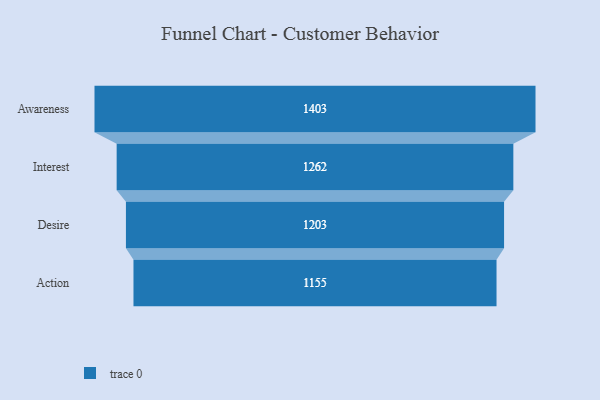
{"axis": {"x": "Stage", "y": "Value"}, "legend": [""], "data": [{"x": "Awareness", "y": 1403.0, "type": ""}, {"x": "Interest", "y": 1262.0, "type": ""}, {"x": "Desire", "y": 1203.0, "type": ""}, {"x": "Action", "y": 1155.0, "type": ""}]}